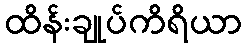
ထိန်းချုပ်ကိရိယာ